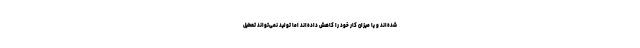
شده‌اند و یا میزان کار خود را کاهش داده‌اند اما تولید نمی‌تواند تعطیل